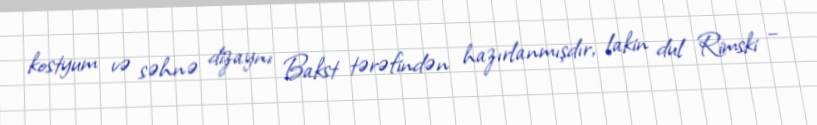
kostyum və səhnə dizaynı Bakst tərəfindən hazırlanmışdır, lakin dul Rimski –